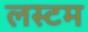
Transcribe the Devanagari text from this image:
लस्टम